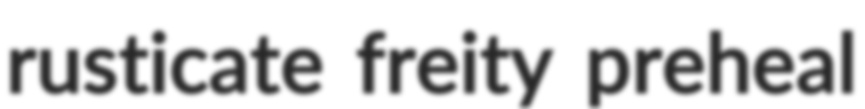
rusticate freity preheal